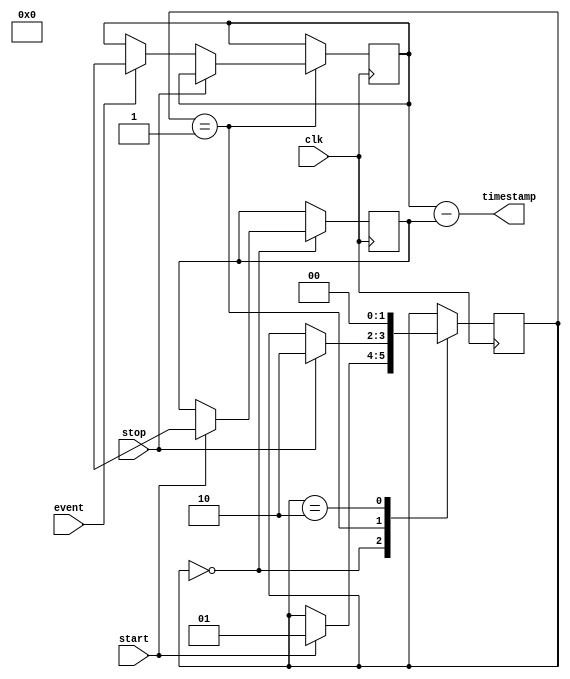
module timestamping_timer (
    input wire clk,           // High-resolution clock input
    input wire start,         // Start signal
    input wire stop,          // Stop signal
    input wire event,         // Event or signal transition to timestamp
    output reg [31:0] timestamp  // Output timestamp
);

reg [31:0] start_time;       // Start time of the timestamp
reg [31:0] end_time;         // End time of the timestamp
reg [1:0] state;             // State variable for control logic

always @(posedge clk) begin
    case (state)
        2'd0: begin
            if (start) begin
                start_time <= $time;
                state <= 2'd1;
            end
        end
        2'd1: begin
            if (stop) begin
                state <= 2'd2;
            end else if (event) begin
                end_time <= $time;
            end
        end
        2'd2: begin
            state <= 2'd0;
        end
    endcase
end

assign timestamp = end_time - start_time;

endmodule